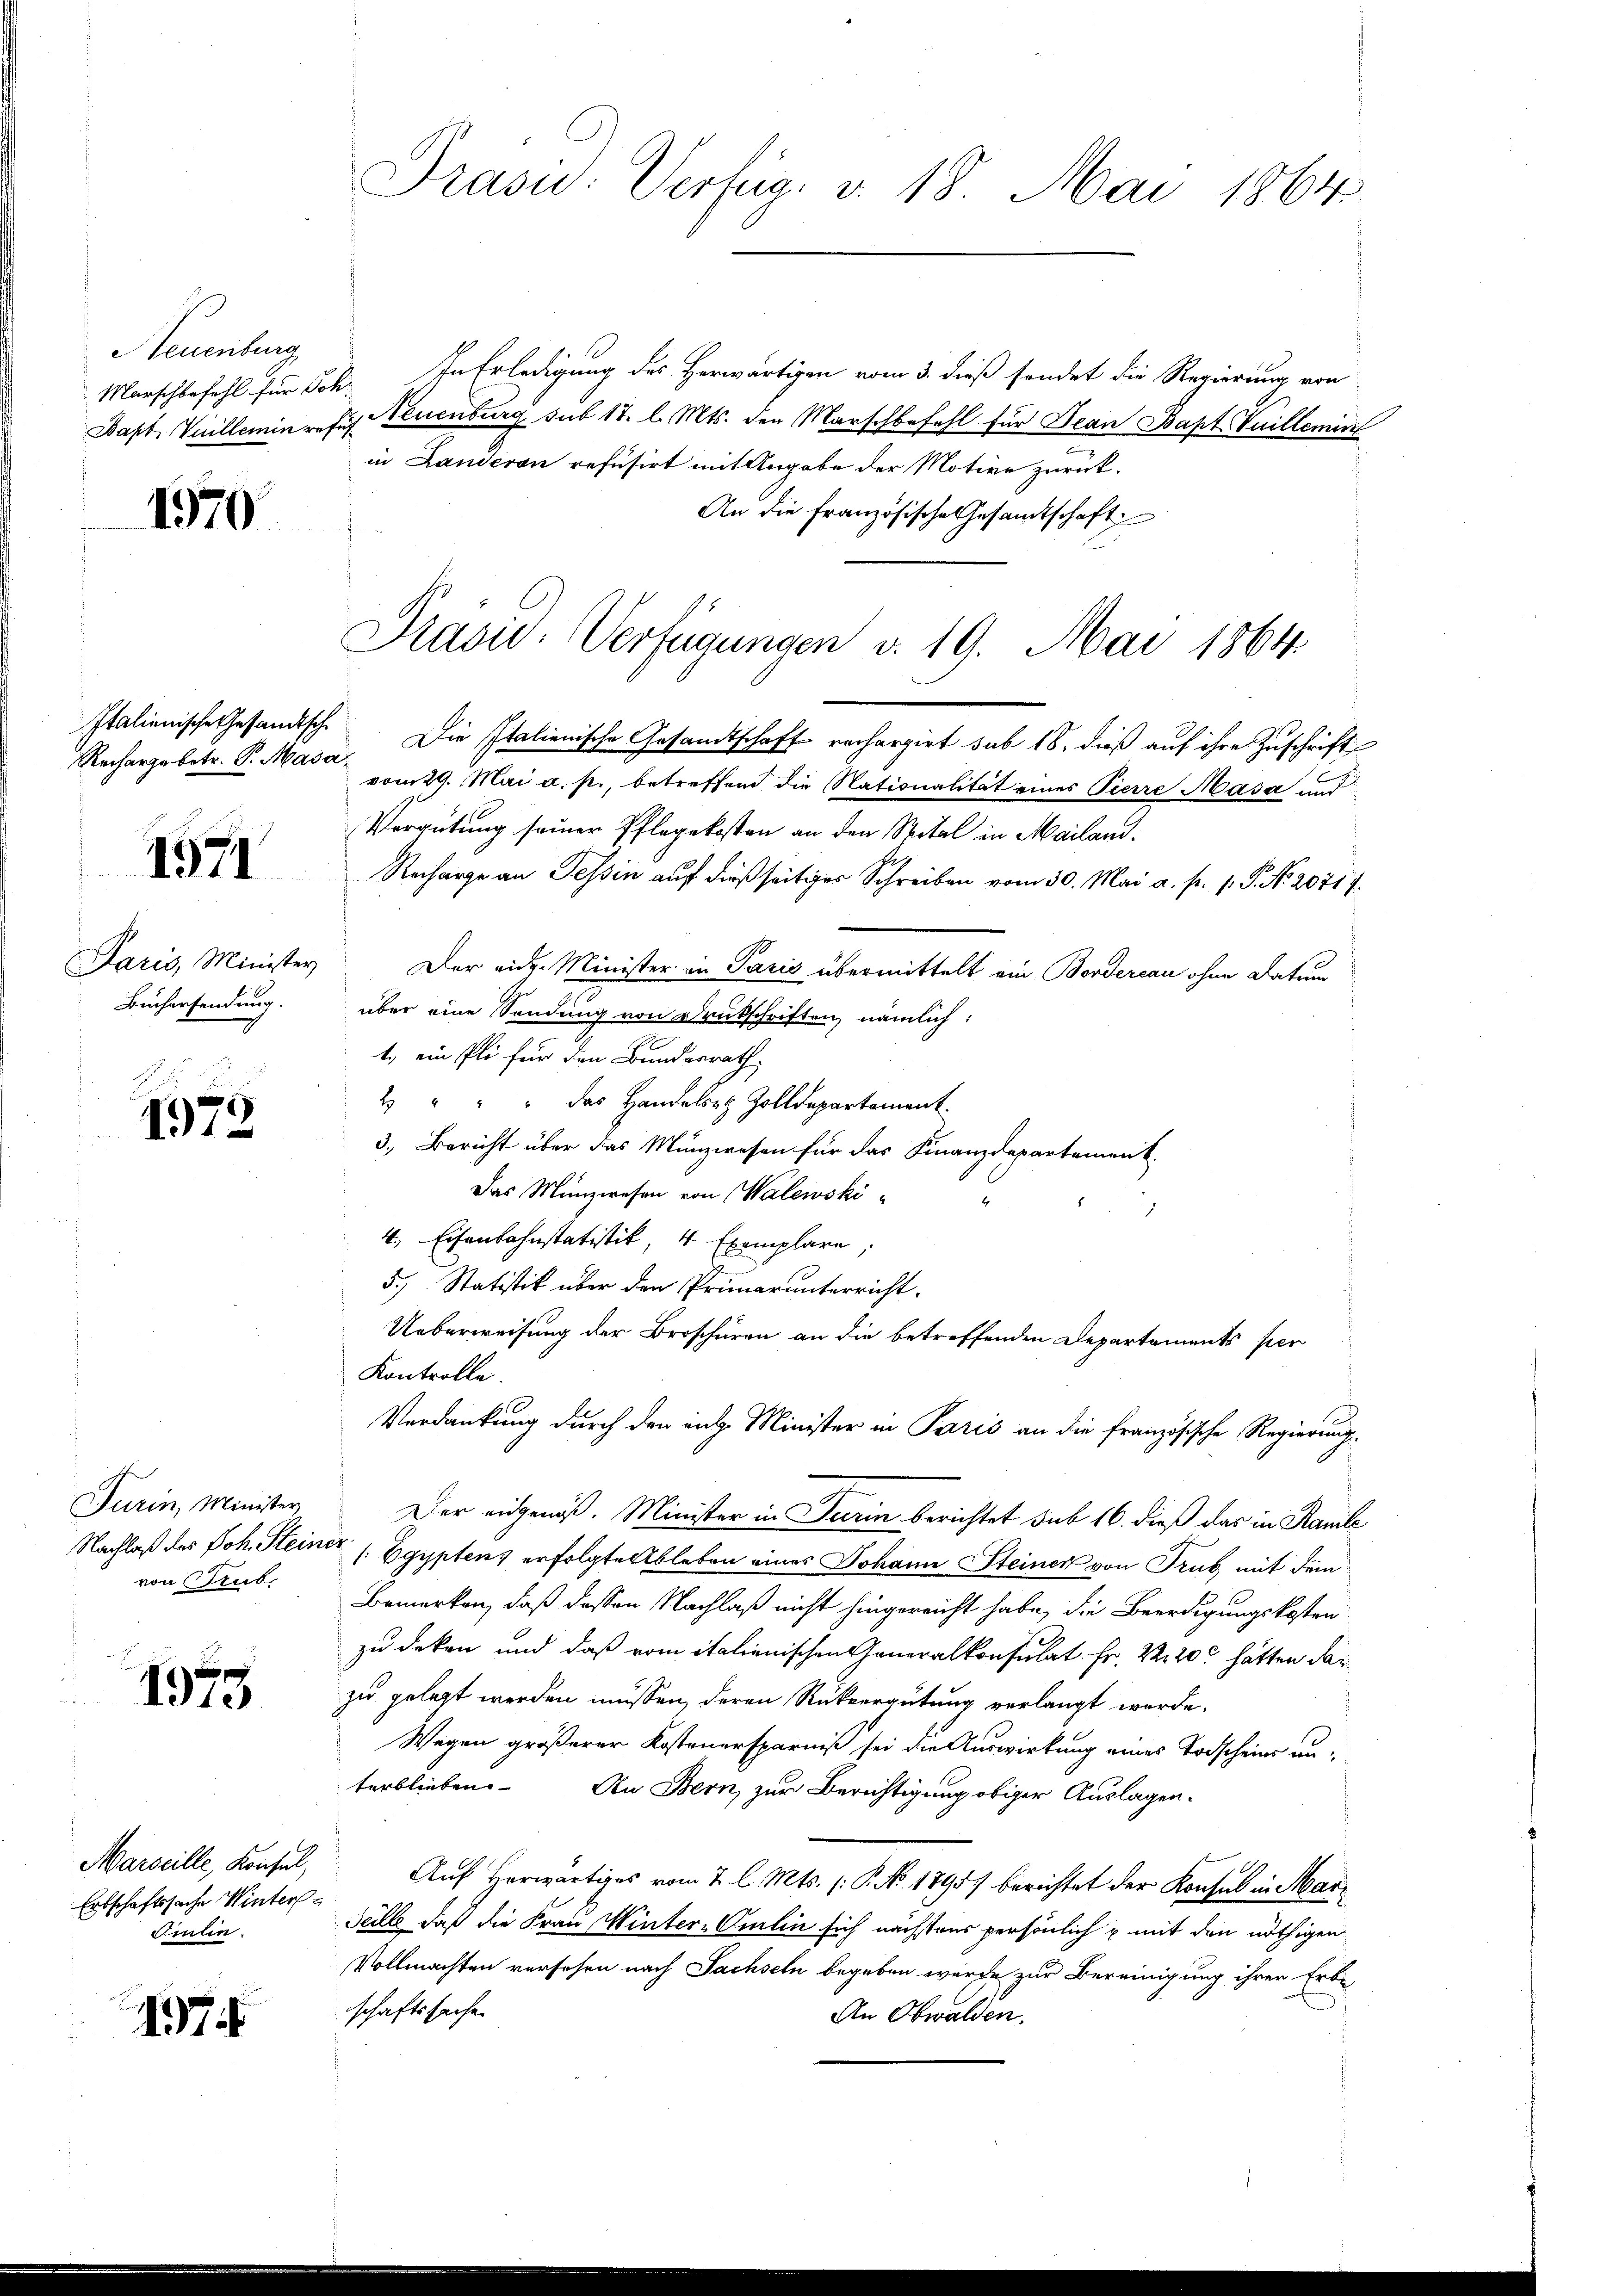
Neuenburg
Bapt Vuillemin refus

1570

Italienische Gesandtsche

1971

Paris, Minister
Büchersendung.

1978

Furin, Minister
von Trub

1975

Marseille, Konsul,
Erbschaftssache Winters
Silien.

7

Präsid.: Verfüg v. 18. Mai 1864

Marschbefehl für Joh. In Erledigung des Herwärtigen vom 3. dieß sendet die Regierung von
Neuenburg sub 18. l. Mts. den Marschbefehl für Jean Bapt Guillement
in Landeren refusirt mit Angabe der Motive zurück¬
An die französische Gesamtschaft
t
Präsid. Verfügungen v. 19. Mai 1864
Rechargebetr. P. Macar. Die Italienische Gesandtschaft rechargirt sub 18. dieß auf ihre Zuschrift
vom 29. Mai a. p., betreffend die Nationalität eines Pierre Masa und
Vergütung seiner Pflegekosten an den Spital in Mailand.
Recharge an Tessin auf dießseitiges Schreiben vom 30. Mai a. p. 1. P. No. 20717.
Der eidg. Minister in Paris übermittelt ein Bordereau ohne Datum
über eine Sendung von Druckschriften nämlich:
1., ein Pli für den Bundesrath,
2 " " " das Handelst Zolldepartement.
3.) Bericht über das Münzwesen für das Finanzdepartement.
Das Münzwesen von Walewski-
4. Eisenbahnstatistik, 4 Exemplare,
5.) Statistik über den Primarunterricht.
Ueberweisung der Broschüren an die betreffenden Departements per
Kontrolle.
Verdankung durch den eige Minister in Paris an die französische Regierung.
Der eidgenöß. Minister in Turin berichtet sub 16. dieß das in Ramle
Nachlaß des Joh. Steiner (Egyptens erfolgte Ableben eines Johann Steiner von Trub mit dem
Bemerken, daß dessen Nachlaß nicht hingereicht habe, die Beerdigungskosten
zu deken und daß vom italienischen Generalkonsulat Fr. v. 20. hätten dar
zu gelegt werden müssen, deren Rückvergütung verlangt worde.
Wegen größerer Kostenersparniß sei die Auswirkung eines Todscheins unterblieben. An Bern zur Berichtigung obiger Auslagen.
Auf Herwärtiges vom 2. l. Mts. (: P. No. 1895 berichtet der Konsul in Mar¬
Tell, daß die Frau Winter-Omlin sich nächstens persönlich u. mit den nöthigen
Vollmachten versehen nach Sachseln begeben würde zur Bereinigung ihrer Erbe
schaftssache
An Obwalden.